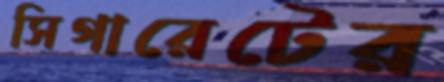
সিগারেটের